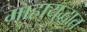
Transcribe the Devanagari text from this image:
माहायुद्धात